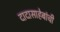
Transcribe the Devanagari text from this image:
दादासाहेबांची